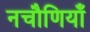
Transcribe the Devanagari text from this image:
नचौणियाँ